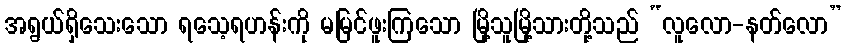
အရွယ်ရှိသေးသော ရသေ့ရဟန်းကို မမြင်ဖူးကြသော မြို့သူမြို့သားတို့သည် “လူလော-နတ်လော”